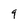
Character: 9